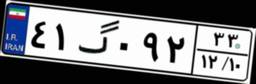
۴۱گ۰۹۲۳۳